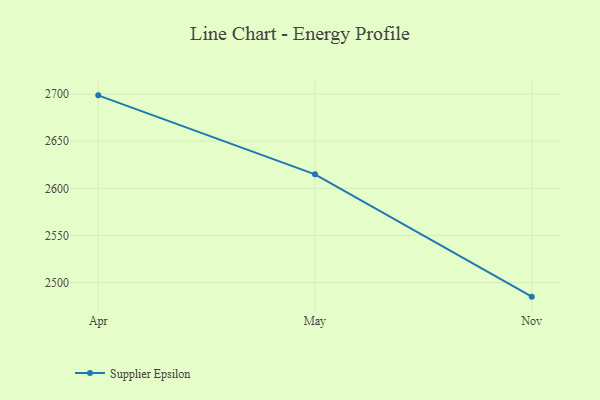
{"axis": {"x": "Month", "y": "Bounce Rate (%)"}, "legend": ["Supplier Epsilon"], "data": [{"x": "Apr", "y": 2698.7, "type": "Supplier Epsilon"}, {"x": "May", "y": 2614.9, "type": "Supplier Epsilon"}, {"x": "Nov", "y": 2485.0, "type": "Supplier Epsilon"}]}